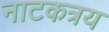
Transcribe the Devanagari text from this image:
नाटकत्रय